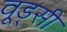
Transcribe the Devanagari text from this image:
वूड्सी